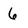
Character: 6